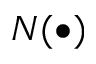
N ( \bullet )